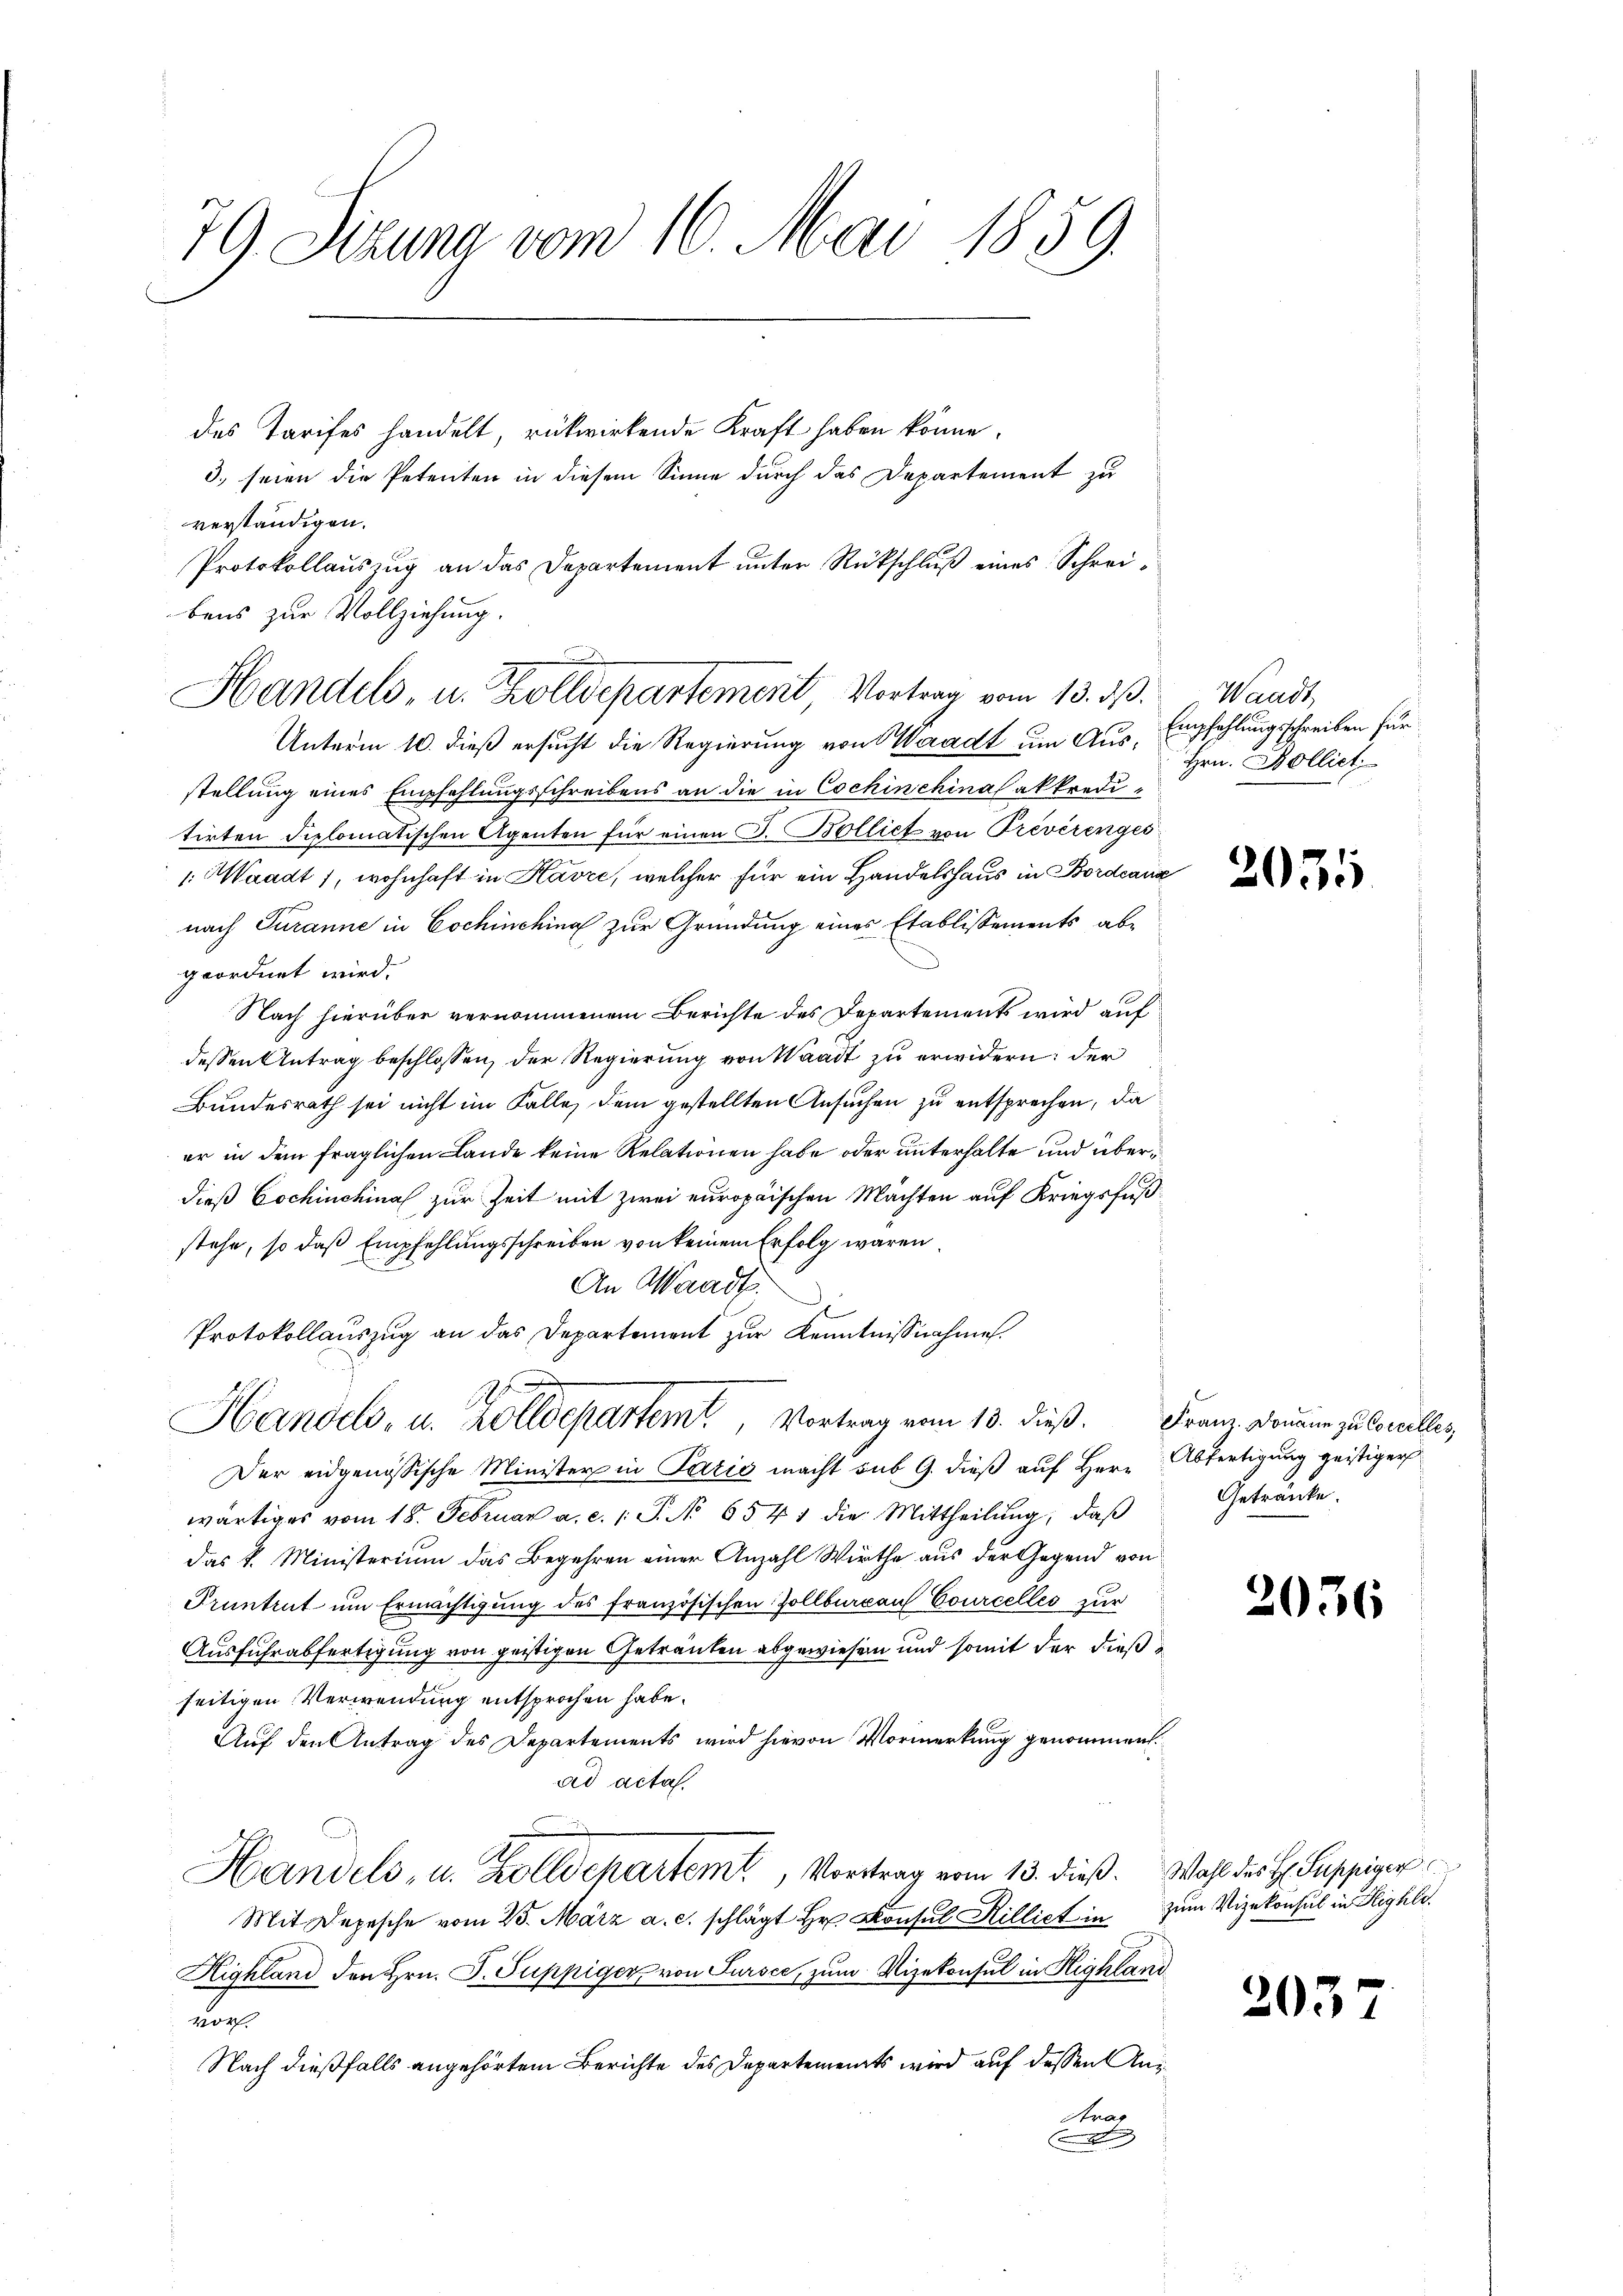
79 Sizung vom 16. Mai 1859.

des Tarifes handelt, rükwirkende Kraft haben könne.
3.) seien die Petenten in diesem Sinne durch das Departement zu
verständigen.
Unterm 10. dieß ersucht die Regierung von Waadt um Ausstellung eines Empfehlungsschreibens an die in Cochinchinalakkredi-
tirten diplomatischen Agenten für einen J. Bolliet von Prévèrenges
1: Waadt 1, wohnhaft in Havre, welcher für ein Handelshaus in Bordeans
nach Turanne in Cochinchina zur Gründung eines Etablissements abgeordnet wird.
Nach hierüber vernommenem Berichte des Departements wird auf
dessen Antrag beschlossen, der Regierung von Waadt zu erwidern: der
Bundesrath sei nicht im Falle, dem gestellten Ansuchen zu entsprechen, da
er in dem fraglichen Lande keine Relationen habe oder unterhalte und überdieß Cochinchinal zur Zeit mit zwei europäischen Mächten auf Kriegsfuß
stehe, so daß Empfehlungsschreiben von keinem Erfolg waren
An Waadt.
Protokollauszug an das Departement zur Kenntnissnahme.
Handels, u. Zolldepartem Vortrag vom 13. dieß. Franz Donau zu Concelles,
Der eidgenössische Minister in Paris macht sub 9. dieß auf Herr Abfertigung geistiger
wärtiges vom 18. Februar a. c. l. J. No 6541 die Mittheilŭng, daβ
das k. Ministerium das Begehren einer Anzahl Wirthe aus der Gegend von
Pruntrut um Ermächtigung des französischen Zollbergans Courcelles zur
Ausfuhr abfertigung von geistigen Getrauten abgewiesen und somit der dieß
seitigen Verwendung entsprochen habe.
Auf den Antrag des Departements wird hievon Vormerkung genommen.
ad acta.
Handels, u. Zolldchartemt, Vortrag vom 13. dieß. Wahl des H. Puppiger
Mit Depesche vom 25. März a. c. schlägt Hr. Konsul Rillict in
Highland den Hrn. F. Puppiger von Sursee, zum Vizekonsul in Highland
vor.
Nach dießfalls angehörtem Berichte des Departements wird auf dessen An¬
Arag

Protokollauszug an das Departement unter Rückschluß eines Schreibens zur Vollziehung.
Handels- u. Zolldepartement Vortrag vom 13. ds.

Waadt
Empfehlungsschreiben für
Hrn. Bolliet

2035

Getränke.

2036

zum Vizekonsul in Highle.

203